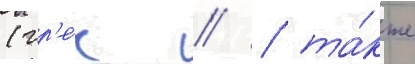
(гр'е́ч // / та́кже